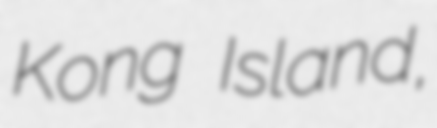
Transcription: Kong Island,